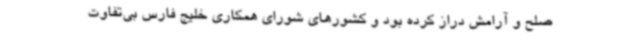
صلح و آرامش دراز کرده بود و کشورهای شورای همکاری خلیج فارس بی‌تفاوت